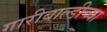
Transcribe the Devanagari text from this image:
गारीबाल्डीच्या